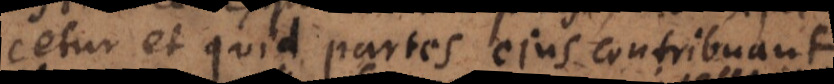
cetur et quid partes ejus contribuan